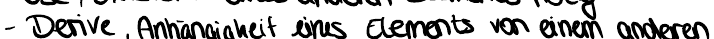
- Derive, Abhängigkeit eines Elements von einem anderen